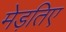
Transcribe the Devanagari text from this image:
मेड़तिए